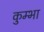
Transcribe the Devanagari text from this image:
कुम्‍भा